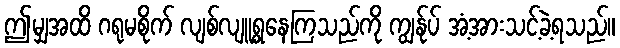
ဤမျှအထိ ဂရုမစိုက် လျစ်လျူရွနေကြသည်ကို ကျွန်ုပ် အံ့အားသင့်ခဲ့ရသည်။